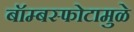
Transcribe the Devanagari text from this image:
बॉम्बस्फोटामुळे